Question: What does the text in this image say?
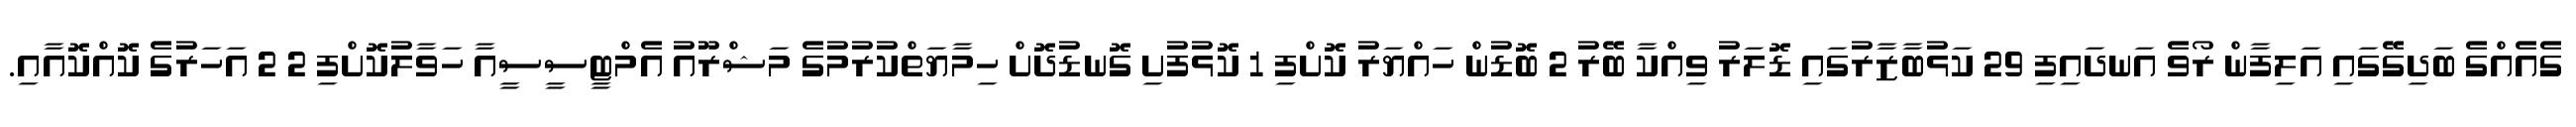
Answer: ގެއެއްގެ ބަދިގޭގައި އަލިފާން ރޯވެ އަނދައިފި 29 ކަޅުބާޒާރުގައި ޑޮލަރު ވިއްކާ ބޭރު 2 ބޮޑުން ހައްޔަރު ކޮށްފި 1 ކޮޅުފުށި ގޮނޑުދޮށް ހިމާޔަތްކުރުމުގެ މަޝްރޫއު އެމްޓީސީސީއާ ހަވާލުކޮށްފި 2 2 އަހަރުގެ ކޮއްކޮއާއި.